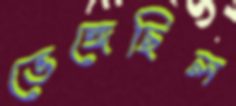
ভেঙ্গেছিল